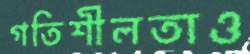
গতিশীলতাও